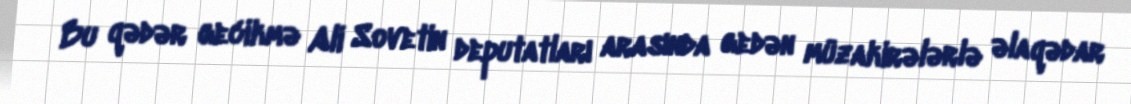
Bu qədər gecikmə Ali Sovetin deputatları arasında gedən müzakirələrlə əlaqədar